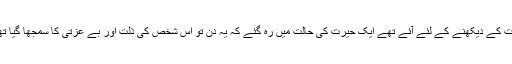
تب محمد حسین بٹالوی اور کئی سو آدمی جو میری گرفتاری اور ذلت کے دیکھنے کے لئے آئے تھے ایک حیرت کی حالت میں رہ گئے کہ یہ دن تو اس شخص کی ذلت اور بے عزتی کا سمجھا گیا تھا مگر یہ تو بڑی شفقت اور مہربانی کے ساتھ کرسی پر بٹھایا گیا۔